NAE_ERA_R-1_Eesti_Vabariigi_Ministrite_Noukogu, lk 29
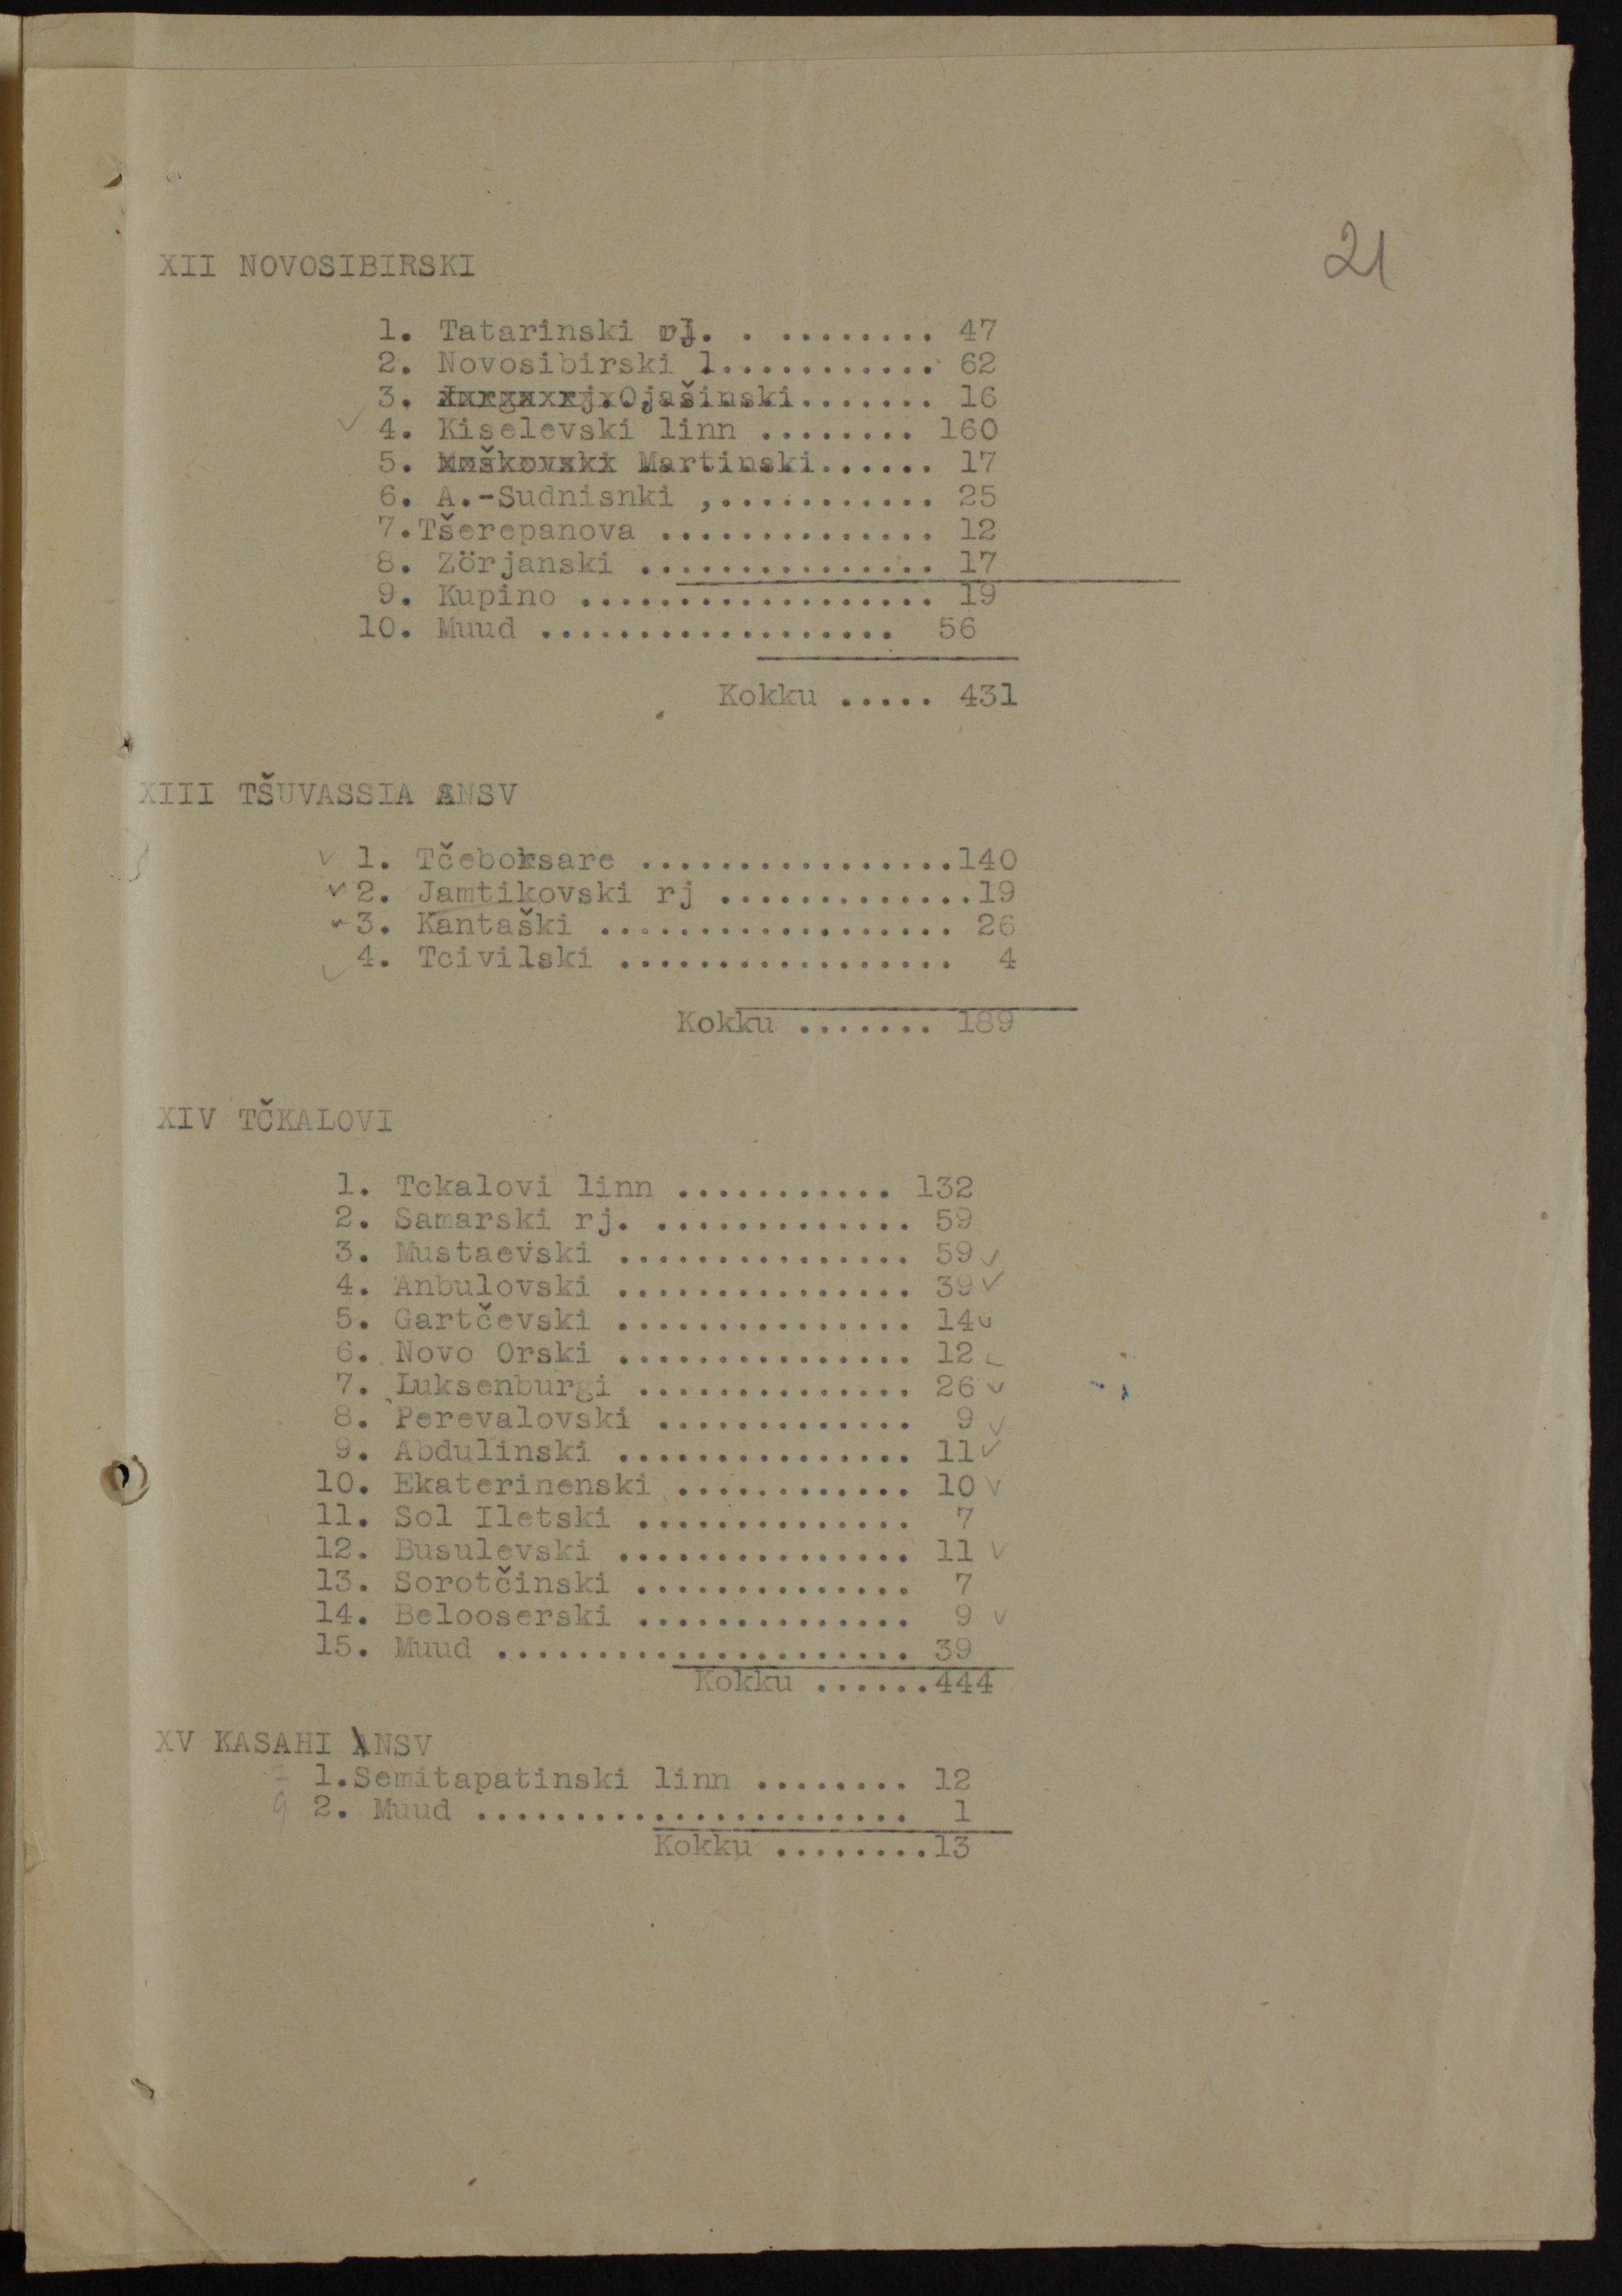
XII NOVOSIBIRSKI
1. Tatarinski rj 47
2. Novosibirski l 62
3. xxxxxxxxxOjašinski 16
4. Kiselevski linn 160
5. xxxxxxxxx Martinski 17
6. A.-Sudnisnki 25
7. Tšerepanova 12
8. Zörjanski 17
9. Kupino 19
10. Muud 56
Kokku 431
XIII TŠUVASSIA ANSV
1. Tčeboksare 140
2. Jamtikovski rj 19
3. Kantaški 26
4. Tcivilski 4
Kokku 189
XIV TČKALOVI
1. Tckalovi linn 132
2. Samarski rj. 59
3. Mustaevski 59
4. Anbulovski 39
5. Gartčevski 14
6. Novo Orski 12
7. Luksenburgi 26
8. Perevalovski 9
9. Abdulinski 11
10. Ekaterinenski 10
11. Sol Iletski 7
12. Busulevski 11
13. Sorotčinski 7
14. Belooserski 9
15. Muud 39
Kokku 444
XV KASAHI ANSV
1.Semitapatinski linn 12
2. Muud 1
Kokku 13